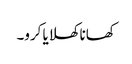
کھانا کھلایا کرو۔